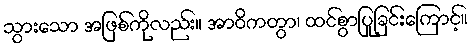
သွားသော အဖြစ်ကိုလည်း။ အာဝိကတွာ၊ ထင်စွာပြုခြင်းကြောင့်။